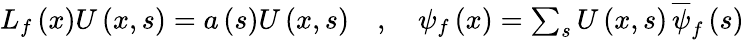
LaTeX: \begin{array}{r}{L_{f}\left(x\right)U\left(x,s\right)=a\left(s\right)U\left(x,s\right)\quad,\quad\psi_{f}\left(x\right)=\sum_{s}U\left(x,s\right)\, \overline{{\psi}}_{f}\left(s\right)}\end{array}